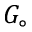
G _ { \circ }